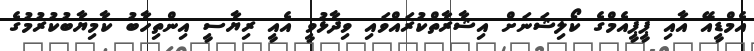
އެމްޑީއޭ އާއި ޕީޕީއެމްގެ ކޯލިޝަނަށް އިޝާރާތްކުރައްވައި ވިދާޅުވީ އެއީ ރިޔާސީ އިންތިހާބު ކާމިޔާބުކުރުމުގެ